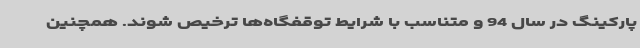
پارکینگ در سال 94 و متناسب با شرایط توقفگاه‌ها ترخیص شوند. همچنین